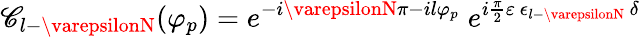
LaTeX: \mathscr{C}_{l-\varepsilonN}(\varphi_{p})=e^{-i\varepsilonN\pi-il\varphi_{p}}\; e^{i{\frac{{\pi}}{{2}}}\varepsilon\, \epsilon_{l-\varepsilonN}\, \delta}